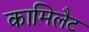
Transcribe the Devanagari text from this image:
कामिलैट